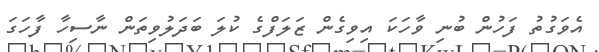
އެވަގުތު ފަހުން ބުނި ވާހަކަ އިވިގެން ޒަލަފްގެ ކުލަ ބަދަލުވިތަން ނާސިހާ ފާހަގަ